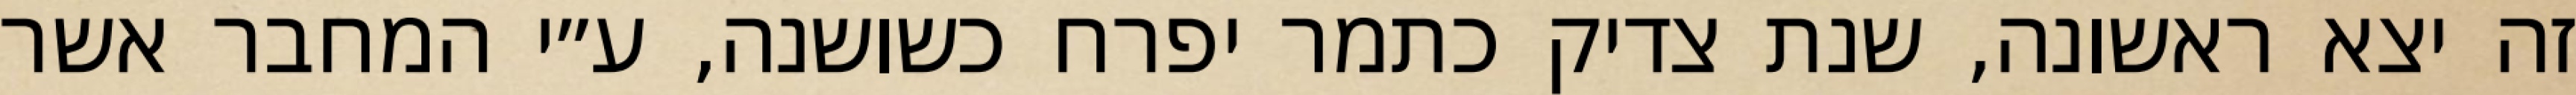
זה יצא ראשונה, שנת צדיק כתמר יפרח כשושנה, ע״י המחבר אשר